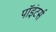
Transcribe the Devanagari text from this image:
पॉइंटर्स